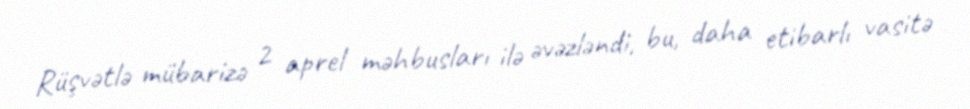
Rüşvətlə mübarizə 2 aprel məhbusları ilə əvəzləndi, bu, daha etibarlı vasitə